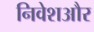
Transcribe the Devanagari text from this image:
निवेशऔर